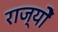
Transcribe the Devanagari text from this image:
राज्योें